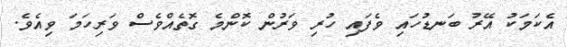
އެކަމަކު އޭރު ބަނޑުހައި ވެފައި ހުރި ވަރުން ކޮންމެ ގޮތެއްވެސް ވަރިހަމަ ވިއެވެ.